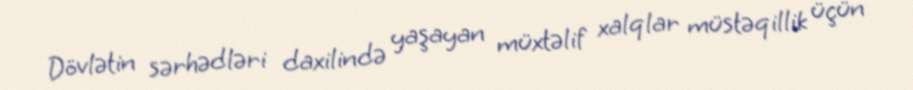
Dövlətin sərhədləri daxilində yaşayan müxtəlif xalqlar müstəqillik üçün